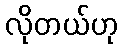
လိုတယ်ဟု